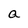
Character: a